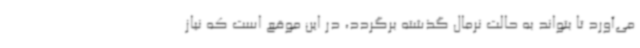
می‌آورد تا بتواند به حالت نرمال گذشته برگردد، در این موقع است که نیاز